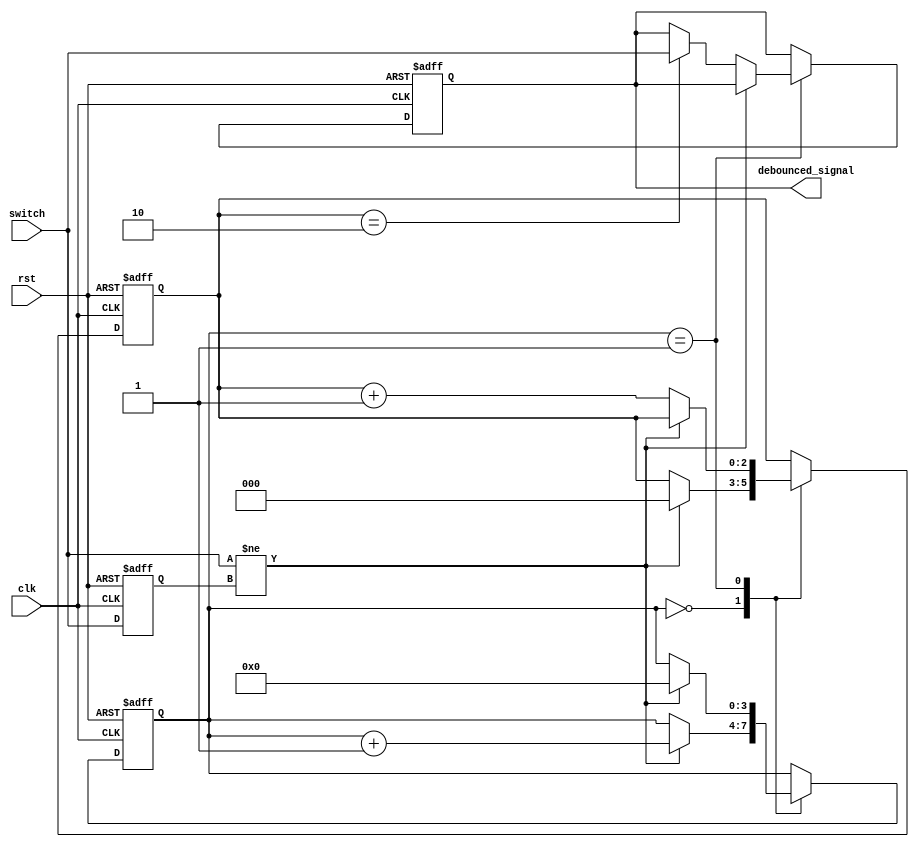
module debounce_circuit (
    input wire clk,
    input wire rst,
    input wire switch,
    output reg debounced_signal
);

parameter NUM_STATES = 4;
parameter NUM_SAMPLES = 3;

reg [NUM_STATES-1:0] state;
reg [NUM_SAMPLES-1:0] samples;
reg prev_sample;

always @(posedge clk or posedge rst) begin
    if (rst) begin
        state <= 0;
        samples <= 0;
        prev_sample <= 0;
        debounced_signal <= 0;
    end else begin
        case (state)
            0: begin
                if (switch != prev_sample) begin
                    state <= state + 1;
                    samples <= 0;
                end
            end
            1: begin
                if (switch != prev_sample) begin
                    state <= 0;
                end else begin
                    samples <= samples + 1;
                    if (samples == NUM_SAMPLES-1) begin
                        debounced_signal <= switch;
                    end
                end
            end
        endcase
        prev_sample <= switch;
    end
end

endmodule